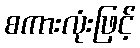
စကားလုံးဖြင့်